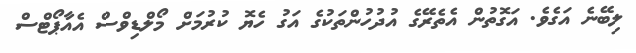
ލިބޭނެ އަގެވެ. އަގޮތުން އެތެރޭގެ އުދުހުންތަކުގެ އަގު ހެޔޮ ކުރުމަށް މޯލްޑިވްސް އެއާޕޯޓްސް